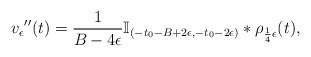
\begin{align*}v_\epsilon{''}(t)=\frac{1}{B-4\epsilon}\mathbb{I}_{(-t_0-B+2\epsilon,-t_0-2\epsilon)}*\rho_{\frac{1}{4}\epsilon}(t),\end{align*}